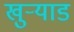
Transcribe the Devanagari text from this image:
खुऱ्याड